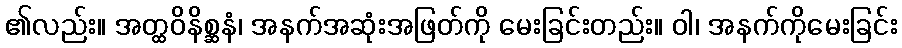
၏လည်း။ အတ္ထဝိနိစ္ဆနံ၊ အနက်အဆုံးအဖြတ်ကို မေးခြင်းတည်း။ ဝါ၊ အနက်ကိုမေးခြင်း